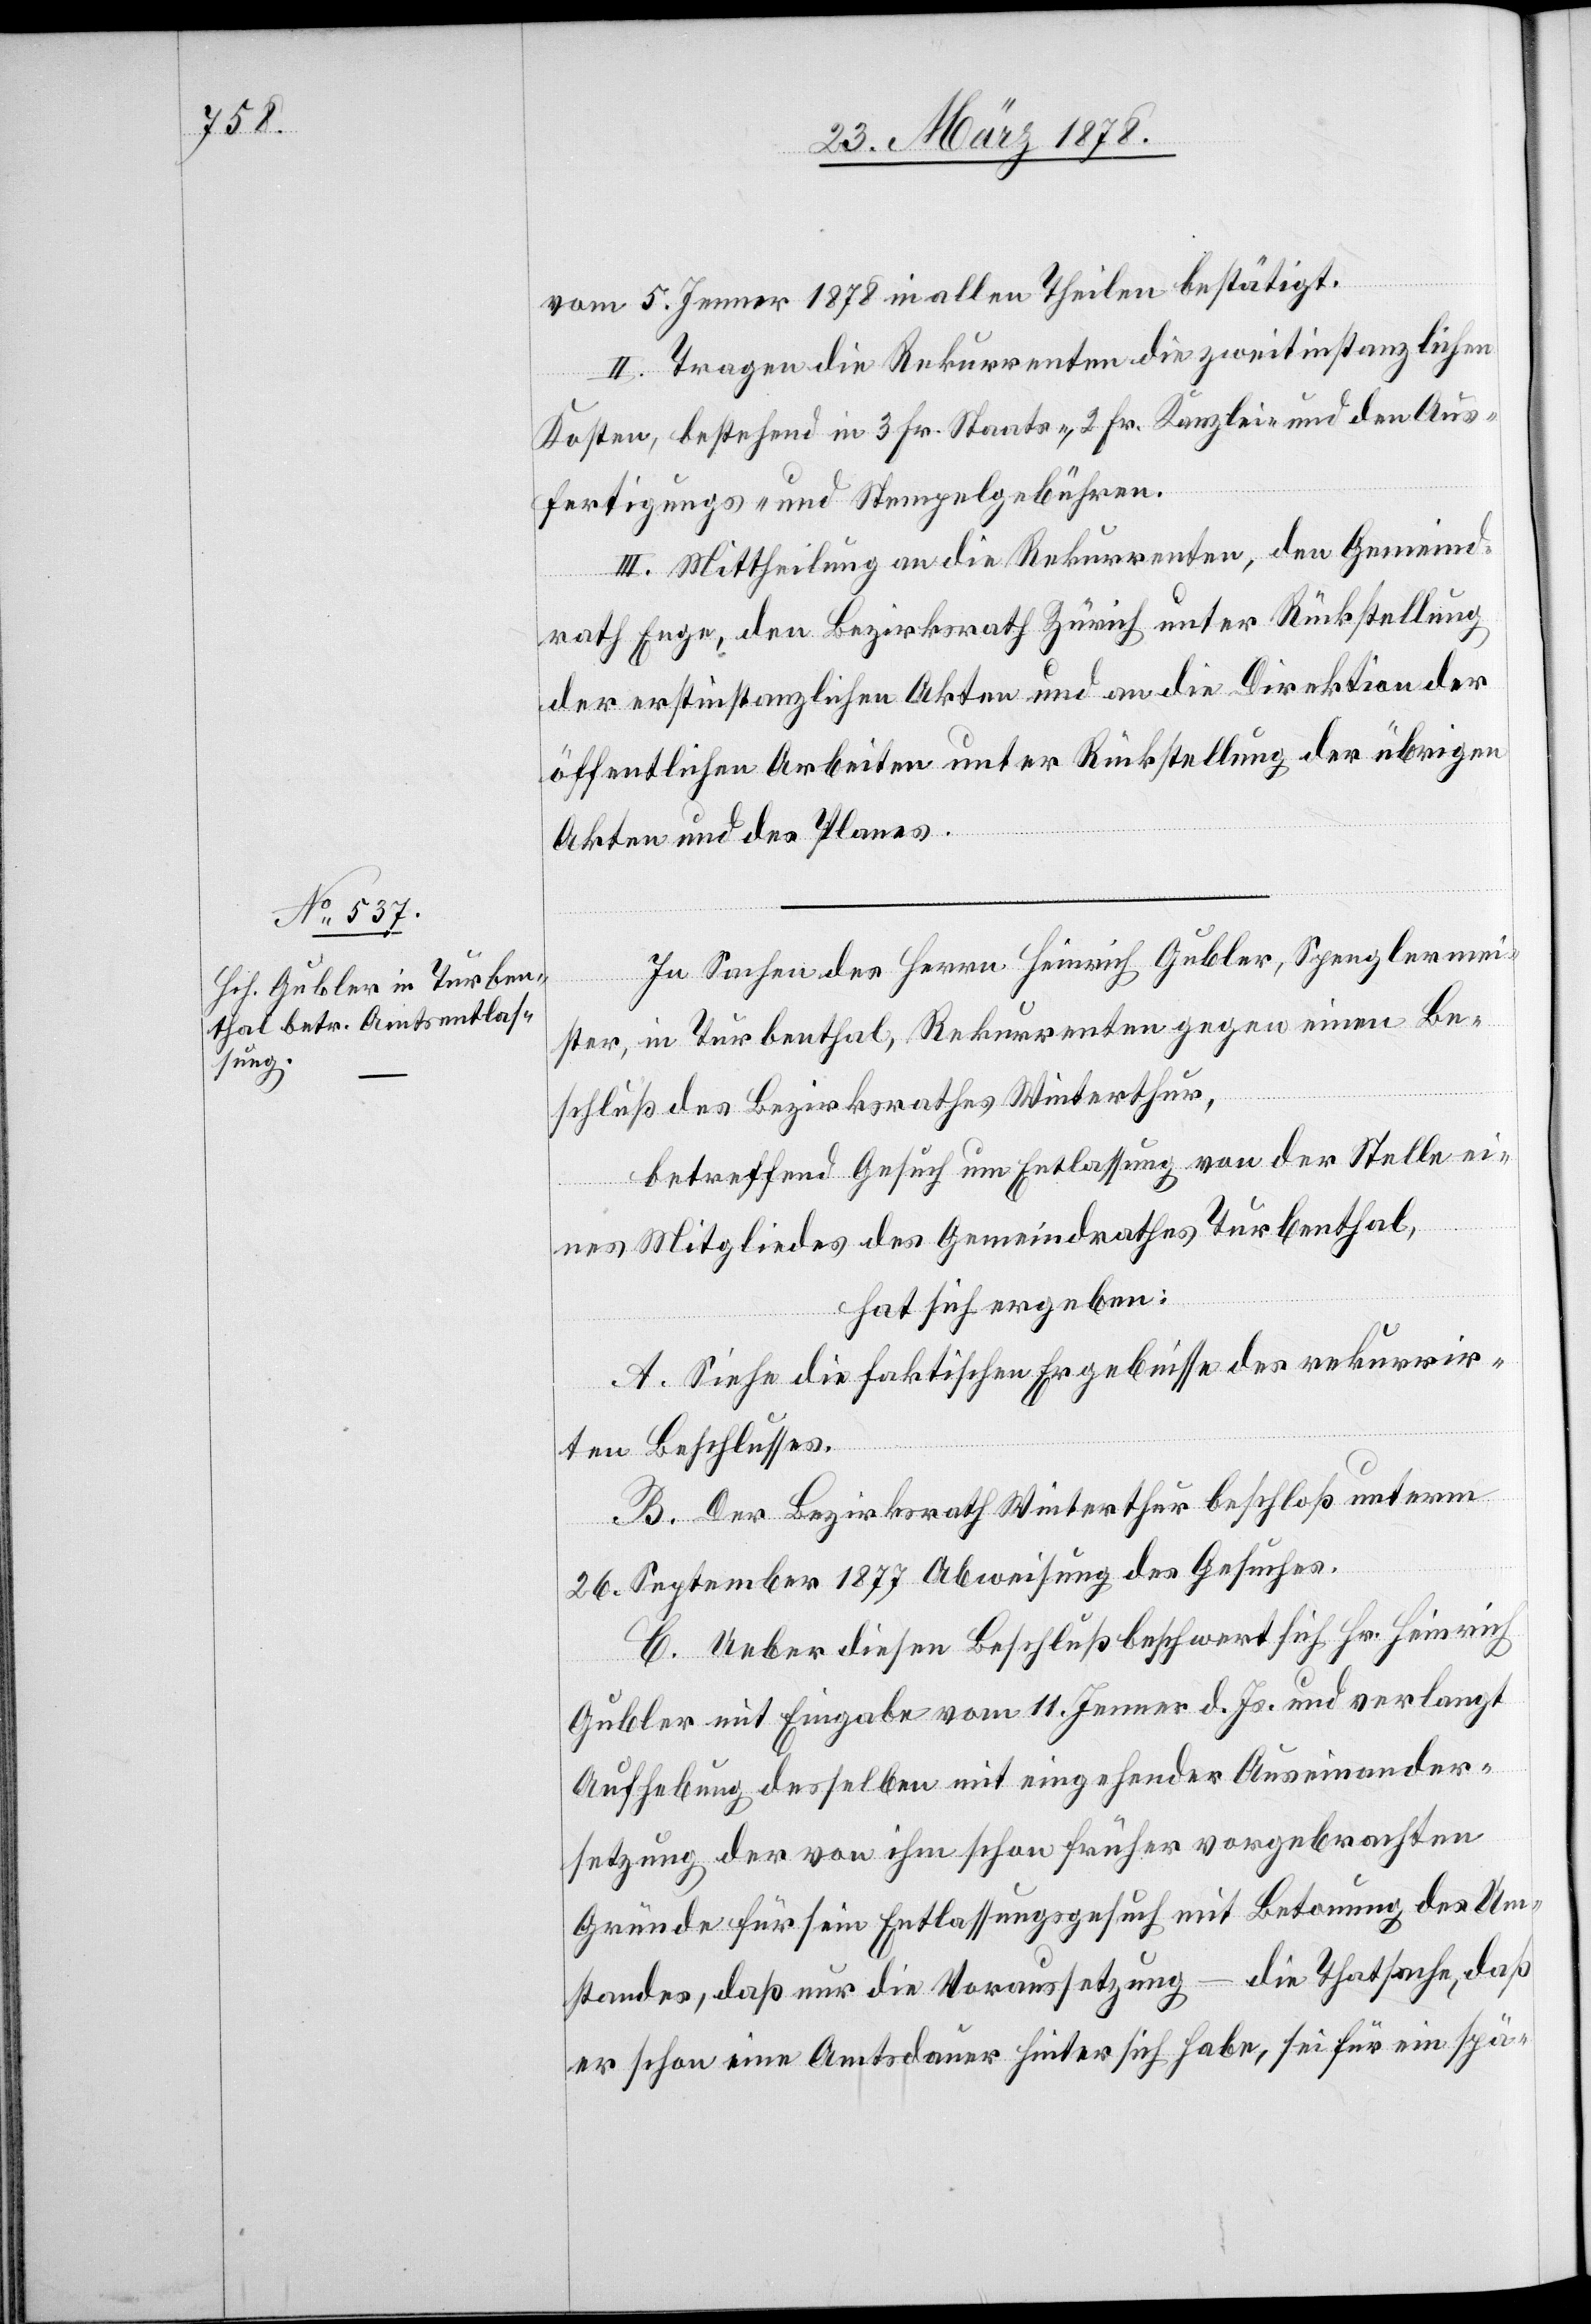
vom 5. Jenner 1878 in allen Theilen bestätigt.
II. Tragen die Rekurrenten die zweitinstanzlichen
Kosten, bestehend in 3 Fr. Staats-, 2 Fr. Kanzlei- und den Aus¬
fertigungs- und Stempelgebühren.
III. Mittheilung an die Rekurrenten, den Gemeind¬
rath Enge, den Bezirksrath Zürich unter Rückstellung
der erstinstanzlichen Akten und an die Direktion der
öffentlichen Arbeiten unter Rückstellung der übrigen
Akten und des Planes.
In Sachen des Herrn Heinrich Gubler, Spenglermei¬
ster, in Turbenthal, Rekurrenten gegen einen Be¬
schluß des Bezirksrathes Winterthur,
betreffend Gesuch um Entlassung von der Stelle ei¬
nes Mitgliedes des Gemeindrathes Turbenthal,
hat sich ergeben:
A. Siehe die faktischen Ergebnisse des rekurrir¬
ten Beschlusses.
B. Der Bezirksrath Winterthur beschloß unterm
26. September 1877 Abweisung des Gesuches.
C. Ueber diesen Beschluß beschwert sich Hr. Heinrich
Gubler mit Eingabe vom 11. Jenner d. Js. und verlangt
Aufhebung desselben mit eingehender Auseinander¬
setzung der von ihm schon früher vorgebrachten
Gründe für sein Entlassungsgesuch – die Thatsache, daß
er schon eine Amtsdauer hinter sich habe, sei für ein spä-